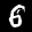
Label: 6